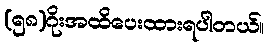
(၅၈)ဂိုးအထိပေးထားရပါတယ်။